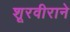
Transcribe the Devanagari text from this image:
शूरवीराने